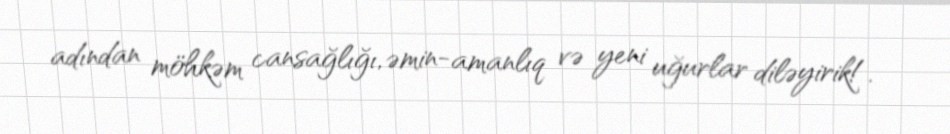
adından möhkəm cansağlığı, əmin-amanlıq və yeni uğurlar diləyirik!.